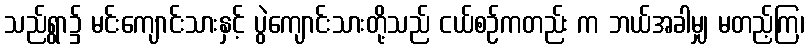
သည်ရွာ၌ မင်းကျောင်းသားနှင့် ပွဲကျောင်းသားတို့သည် ငယ်စဉ်ကတည်း က ဘယ်အခါမျှ မတည့်ကြ၊